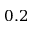
0 . 2